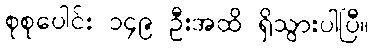
စုစုပေါင်း ၁၄၉ ဦးအထိ ရှိသွားပါပြီ။